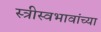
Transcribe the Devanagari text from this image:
स्त्रीस्वभावांच्या